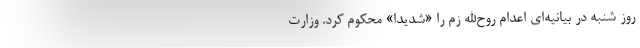
روز شنبه در بیانیه‌ای اعدام روح‌الله زم را «شدیدا» محکوم کرد. وزارت